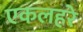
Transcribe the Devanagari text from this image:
एकलहरे